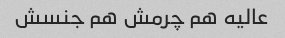
عالیه هم چرمش هم جنسش